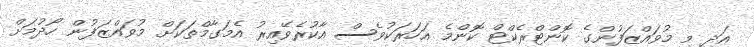
އަދި މި މުވައްޒަފުންގެ ކޮންޓްރެކްޓް ކޮންމެ އަހަރަކުވެސް އާކުރެވޭއިރު އެމަގާމްތަކަށް މުވައްޒަފުން ހޯދުމަށް